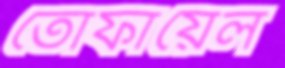
তোফায়েল